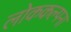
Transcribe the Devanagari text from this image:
लोककल्पना